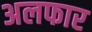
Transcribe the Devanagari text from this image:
अलफार